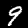
Label: 9